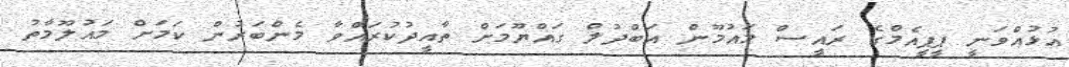
އުޅުއްވަނީ ޕީޕީއެމްގެ ރައީސް މައުމޫން އަބްދުލް ގައްޔޫމަށް ތާއީދުކުރައްވާ މެންބަރުން ކަމަށް މައުލޫމާތު